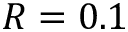
R = 0 . 1